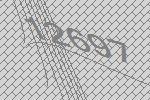
12697